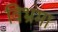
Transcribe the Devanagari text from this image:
विभ्रमा